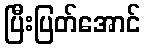
ပြီးပြတ်အောင်